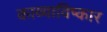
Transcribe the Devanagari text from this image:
काव्याविष्कार